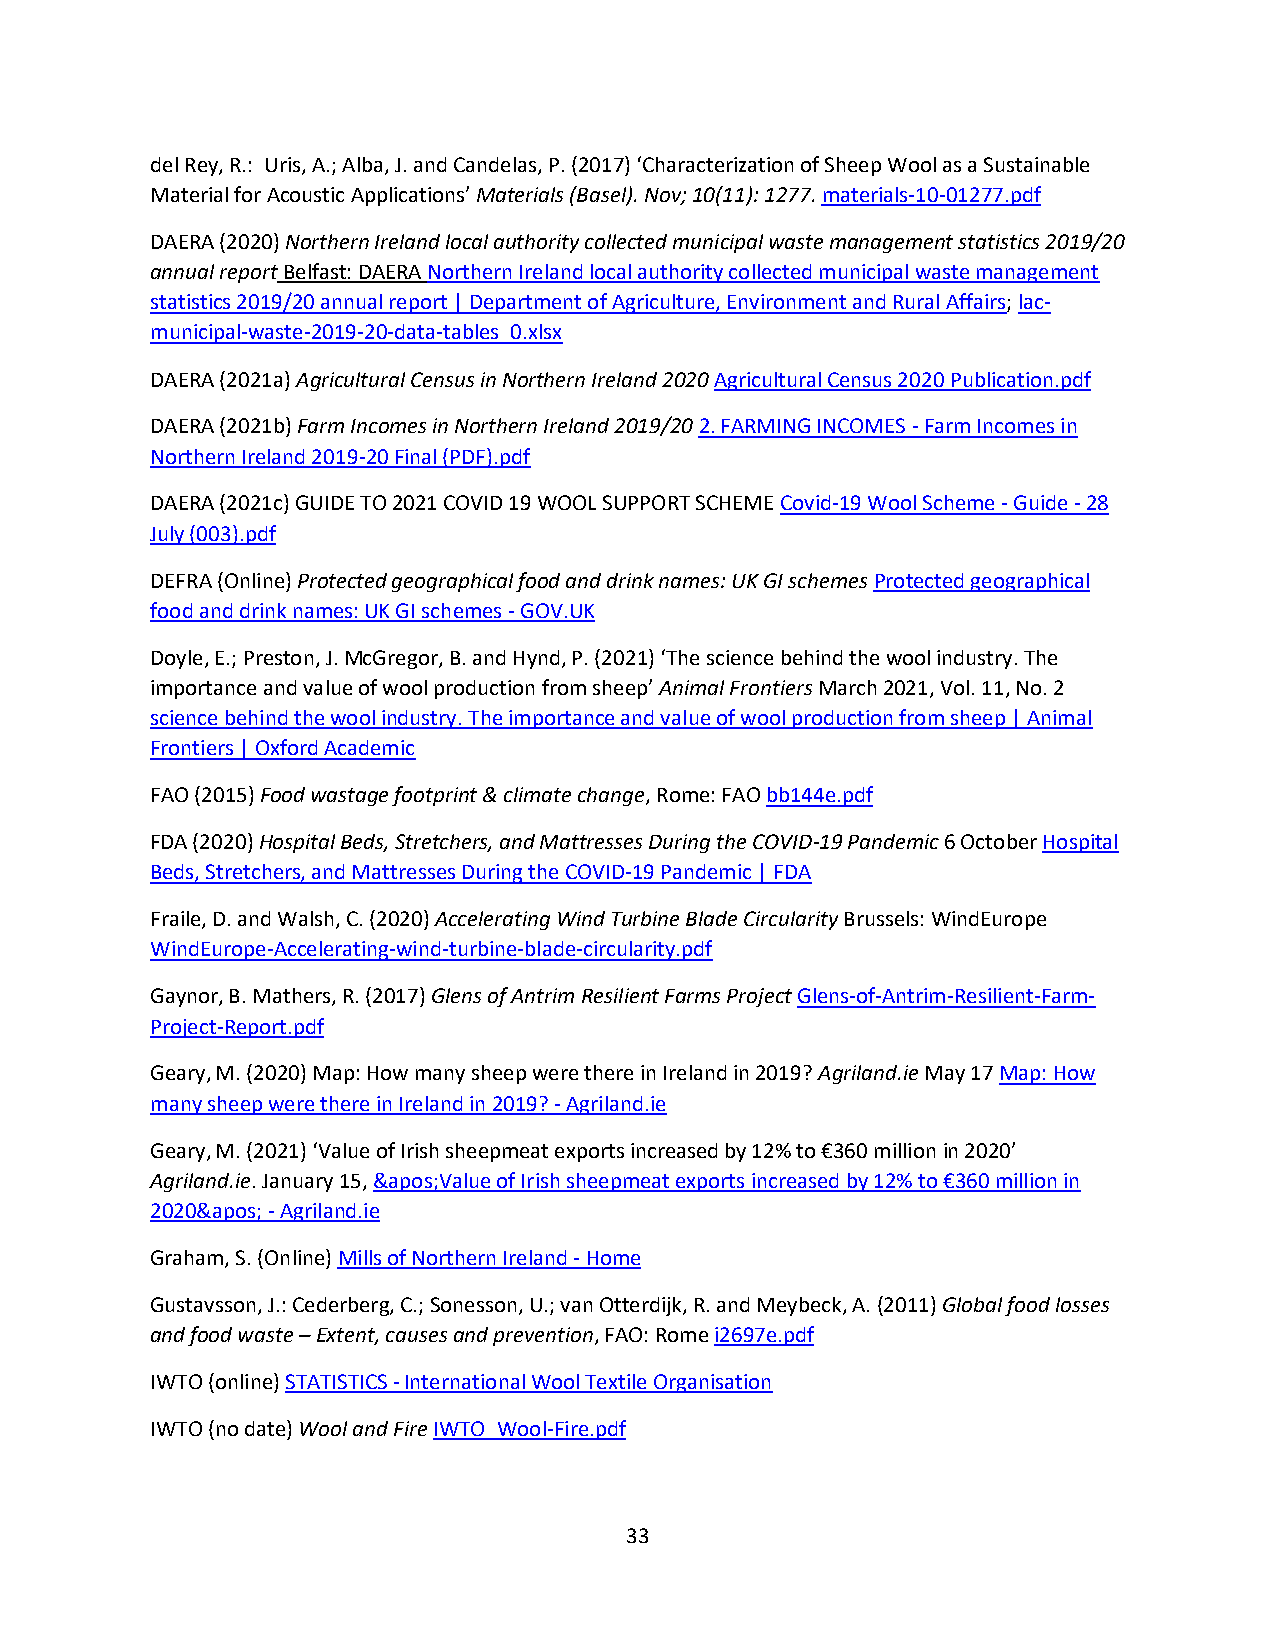
del Rey, R.: Uris, A.; Alba, J. and Candelas, P. (2017) ‘Characterization of Sheep Wool as a Sustainable
 Material for Acoustic Applications’ Materials (Basel). Nov; 10(11): 1277. materials-10-01277.pdf
 DAERA (2020) Northern Ireland local authority collected municipal waste management statistics 2019/20
 annual report Belfast: DAERA Northern Ireland local authority collected municipal waste management
 statistics 2019/20 annual report | Department of Agriculture, Environment and Rural Affairs; lac-
 municipal-waste-2019-20-data-tables_0.xlsx
 DAERA (2021a) Agricultural Census in Northern Ireland 2020 Agricultural Census 2020 Publication.pdf
 DAERA (2021b) Farm Incomes in Northern Ireland 2019/20 2. FARMING INCOMES - Farm Incomes in
 Northern Ireland 2019-20 Final (PDF).pdf
 DAERA (2021c) GUIDE TO 2021 COVID 19 WOOL SUPPORT SCHEME Covid-19 Wool Scheme - Guide - 28
 July (003).pdf
 DEFRA (Online) Protected geographical food and drink names: UK GI schemes Protected geographical
 food and drink names: UK GI schemes - GOV.UK
 Doyle, E.; Preston, J. McGregor, B. and Hynd, P. (2021) ‘The science behind the wool industry. The
 importance and value of wool production from sheep’ Animal Frontiers March 2021, Vol. 11, No. 2
 science behind the wool industry. The importance and value of wool production from sheep | Animal
 Frontiers | Oxford Academic
 FAO (2015) Food wastage footprint & climate change, Rome: FAO bb144e.pdf
 FDA (2020) Hospital Beds, Stretchers, and Mattresses During the COVID-19 Pandemic 6 October Hospital
 Beds, Stretchers, and Mattresses During the COVID-19 Pandemic | FDA
 Fraile, D. and Walsh, C. (2020) Accelerating Wind Turbine Blade Circularity Brussels: WindEurope
 WindEurope-Accelerating-wind-turbine-blade-circularity.pdf
 Gaynor, B. Mathers, R. (2017) Glens of Antrim Resilient Farms Project Glens-of-Antrim-Resilient-Farm-
 Project-Report.pdf
 Geary, M. (2020) Map: How many sheep were there in Ireland in 2019? Agriland.ie May 17 Map: How
 many sheep were there in Ireland in 2019? - Agriland.ie
 Geary, M. (2021) ‘Value of Irish sheepmeat exports increased by 12% to €360 million in 2020’
 Agriland.ie. January 15, &apos;Value of Irish sheepmeat exports increased by 12% to €360 million in
 2020&apos; - Agriland.ie
 Graham, S. (Online) Mills of Northern Ireland - Home
 Gustavsson, J.: Cederberg, C.; Sonesson, U.; van Otterdijk, R. and Meybeck, A. (2011) Global food losses
 and food waste – Extent, causes and prevention, FAO: Rome i2697e.pdf
 IWTO (online) STATISTICS - International Wool Textile Organisation
 IWTO (no date) Wool and Fire IWTO_Wool-Fire.pdf
 33